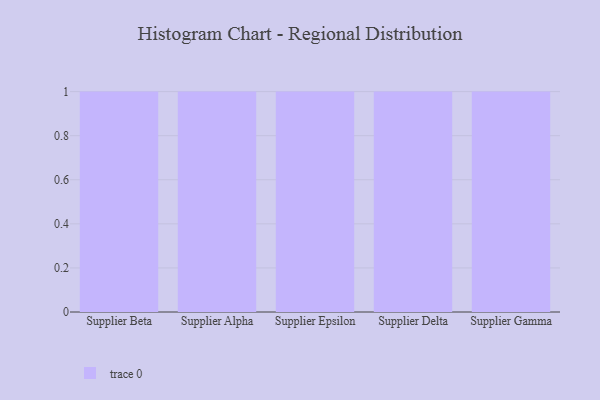
{"axis": {"x": "Supplier", "y": "LTV (USD)"}, "legend": [""], "data": [{"x": "Supplier Beta", "y": 26, "type": ""}, {"x": "Supplier Alpha", "y": 60, "type": ""}, {"x": "Supplier Epsilon", "y": 30, "type": ""}, {"x": "Supplier Delta", "y": 52, "type": ""}, {"x": "Supplier Gamma", "y": 34, "type": ""}]}